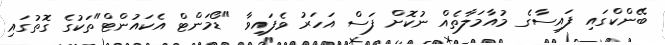
ބޭންކްގައި ފައިސާގެ މުއާމަލާތެއް ނުކޮށް ފަސް އަހަރު ވެފައިވާ "ޑޯމަންޓް އެކައުންޓް"ތަކުގެ ގޮތުގައި